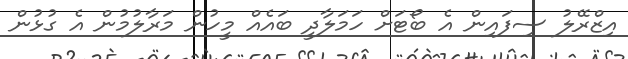
އިޒްރޭލު ސިފައިން އެ ބޯޓަށް ހަމަލާދީ ބައެއް މީހުން މަރާލުމުން އެ ގުޅުން